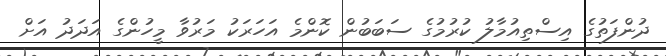
ދުންފަތުގެ އިސްތިއުމާލު ކުރުމުގެ ސަބަބުން ކޮންމެ އަހަރަކު މަރުވާ މީހުންގެ އަދަދު އަށް